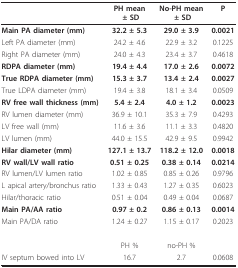
<table><thead><tr><td></td><td><b>PH mean ± SD</b></td><td><b>No-PH mean ± SD</b></td><td><b>P</b></td></tr></thead><tbody><tr><td><b>Main PA diameter (mm)</b></td><td><b>32.2 ± 5.3</b></td><td><b>29.0 ± 3.9</b></td><td><b>0.0021</b></td></tr><tr><td>Left PA diameter (mm)</td><td>24.2 ± 4.6</td><td>22.9 ± 3.2</td><td>0.1225</td></tr><tr><td>Right PA diameter (mm)</td><td>24.0 ± 4.3</td><td>23.4 ± 3.7</td><td>0.4618</td></tr><tr><td><b>RDPA diameter (mm)</b></td><td><b>19.4 ± 4.4</b></td><td><b>17.0 ± 2.6</b></td><td><b>0.0072</b></td></tr><tr><td><b>True RDPA diameter (mm)</b></td><td><b>15.3 ± 3.7</b></td><td><b>13.4 ± 2.4</b></td><td><b>0.0027</b></td></tr><tr><td>True LDPA diameter (mm)</td><td>19.4 ± 3.8</td><td>18.1 ± 3.4</td><td>0.0509</td></tr><tr><td><b>RV free wall thickness (mm)</b></td><td><b>5.4 ± 2.4</b></td><td><b>4.0 ± 1.2</b></td><td><b>0.0023</b></td></tr><tr><td>RV lumen diameter (mm)</td><td>36.9 ± 10.1</td><td>35.3 ± 7.9</td><td>0.4293</td></tr><tr><td>LV free wall (mm)</td><td>11.6 ± 3.6</td><td>11.1 ± 3.3</td><td>0.4820</td></tr><tr><td>LV lumen (mm)</td><td>44.0 ± 15.5</td><td>42.9 ± 9.5</td><td>0.9942</td></tr><tr><td><b>Hilar diameter (mm)</b></td><td><b>127.1 ± 13.7</b></td><td><b>118.2 ± 12.0</b></td><td><b>0.0018</b></td></tr><tr><td><b>RV wall/LV wall ratio</b></td><td><b>0.51 ± 0.25</b></td><td><b>0.38 ± 0.14</b></td><td><b>0.0214</b></td></tr><tr><td>RV lumen/LV lumen ratio</td><td>1.02 ± 0.85</td><td>0.85 ± 0.26</td><td>0.9796</td></tr><tr><td>L apical artery/bronchus ratio</td><td>1.33 ± 0.43</td><td>1.27 ± 0.35</td><td>0.6023</td></tr><tr><td>Hilar/thoracic ratio</td><td>0.51 ± 0.04</td><td>0.49 ± 0.04</td><td>0.0687</td></tr><tr><td><b>Main PA/AA ratio</b></td><td><b>0.97 ± 0.2</b></td><td><b>0.86 ± 0.13</b></td><td><b>0.0014</b></td></tr><tr><td>Main PA/DA ratio</td><td>1.24 ± 0.27</td><td>1.15 ± 0.17</td><td>0.2023</td></tr><tr><td></td><td>PH %</td><td>no-PH %</td><td></td></tr><tr><td>IV septum bowed into LV</td><td>16.7</td><td>2.7</td><td>0.0608</td></tr></tbody></table>